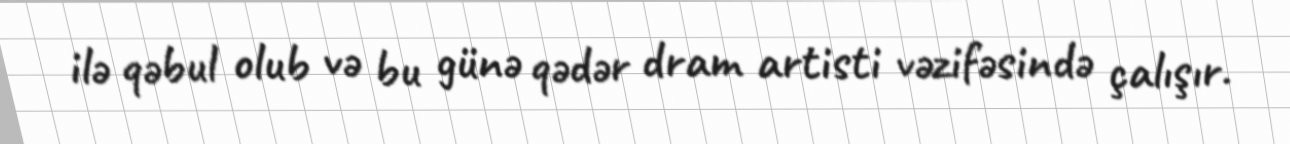
ilə qəbul olub və bu günə qədər dram artisti vəzifəsində çalışır.